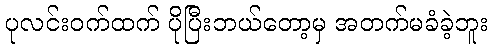
ပုလင်းဝက်ထက် ပိုပြီးဘယ်တော့မှ အတက်မခံခဲ့ဘူး